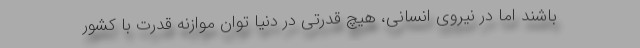
باشند اما در نیروی انسانی، هیچ قدرتی در دنیا توان موازنه قدرت با کشور